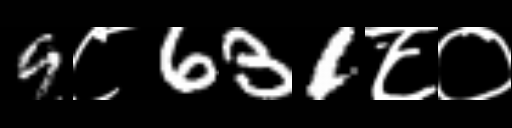
Text: 9८631८०